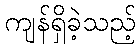
ကျန်ရှိခဲ့သည့်